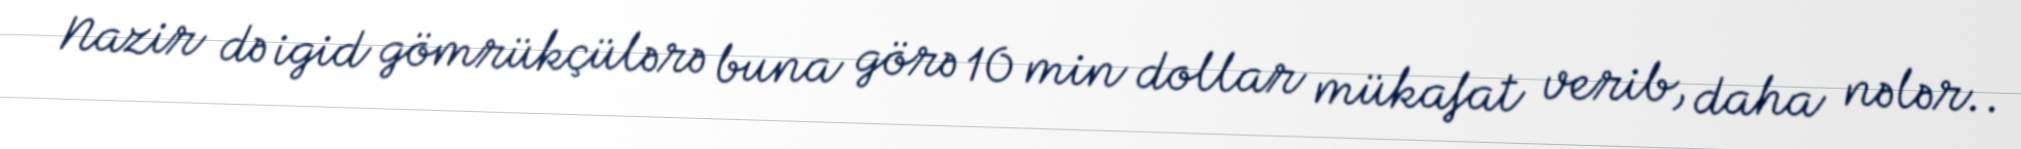
Nazir də igid gömrükçülərə buna görə 10 min dollar mükafat verib, daha nələr..